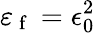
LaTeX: \varepsilon_{\mathrm{~f~}}=\epsilon_{0}^{2}